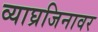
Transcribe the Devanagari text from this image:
व्याघ्रजिनावर